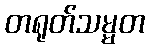
တရုတ်သမ္မတ